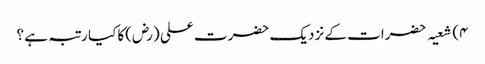
۴) شعیہ حضرات کے نزدیک حضرت علی (رض)کا کیا رتبہ ہے ؟